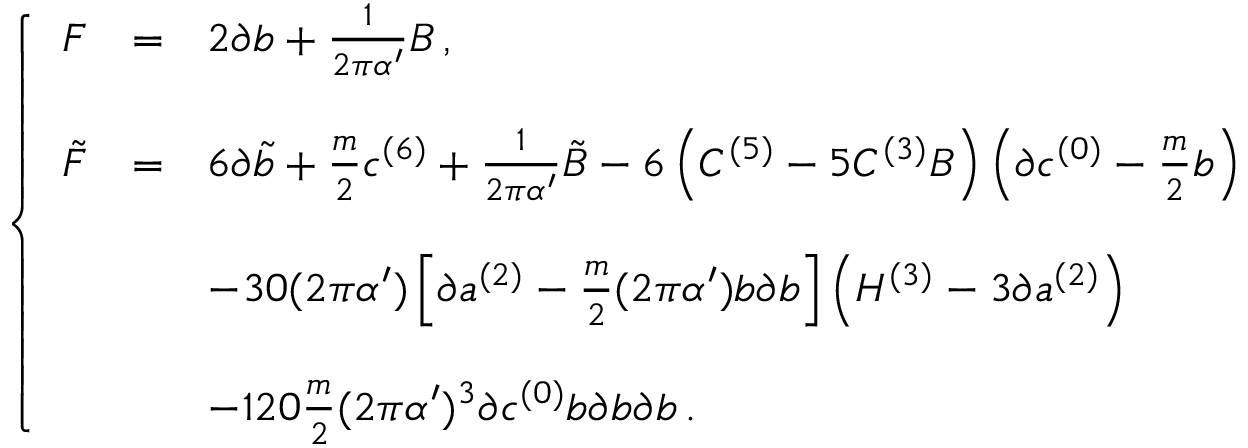
\left\{ \begin{array} { r c l } { { { \cal F } } } & { { = } } & { { 2 \partial b + \frac { 1 } { 2 \pi \alpha ^ { \prime } } B \, , } } \\ { { } } & { { } } & { { } } \\ { { \tilde { \cal F } } } & { { = } } & { { 6 \partial \tilde { b } + \frac { m } { 2 } c ^ { ( 6 ) } + \frac { 1 } { 2 \pi \alpha ^ { \prime } } \tilde { B } - 6 \left( C ^ { ( 5 ) } - 5 C ^ { ( 3 ) } B \right) \left( \partial c ^ { ( 0 ) } - \frac { m } { 2 } b \right) } } \\ { { } } & { { } } & { { } } \\ { { } } & { { } } & { { - 3 0 ( 2 \pi \alpha ^ { \prime } ) \left[ \partial a ^ { ( 2 ) } - \frac { m } { 2 } ( 2 \pi \alpha ^ { \prime } ) b \partial b \right] \left( { \cal H } ^ { ( 3 ) } - 3 \partial a ^ { ( 2 ) } \right) } } \\ { { } } & { { } } & { { } } \\ { { } } & { { } } & { { - 1 2 0 \frac { m } { 2 } ( 2 \pi \alpha ^ { \prime } ) ^ { 3 } \partial c ^ { ( 0 ) } b \partial b \partial b \, . } } \end{array} \right.